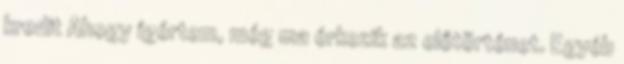
kredit Ahogy ígértem, még ma érkezik az előtörténet. Egyéb